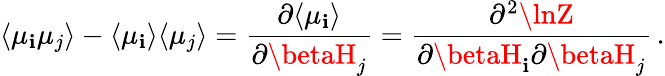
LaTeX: \langle\mu_{\mathbf{i}}\mu_{j}\rangle-\langle\mu_{\mathbf{i}}\rangle\langle\mu_{j}\rangle=\frac{{\partial\langle\mu_{\mathbf{i}}\rangle}}{{\partial\betaH_{j}}}=\frac{{\partial^{2}\lnZ}}{{\partial\betaH_{\mathbf{i}}\partial\betaH_{j}}}\, .